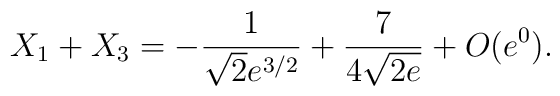
X_1 + X_3 = -{1   \over \sqrt{2}e^{3 / 2}} + {7 \over 4\sqrt{2e}}+ O(e^0).